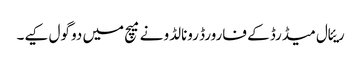
ریئال میڈرڈ کے فارورڈ رونالڈو نے میچ میں دو گول کیے۔